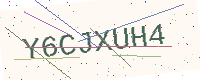
Text: Y6CJXUH4